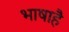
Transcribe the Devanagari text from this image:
भाषाहै